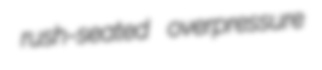
rush-seated overpressure